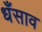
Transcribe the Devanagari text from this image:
धँसाव